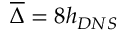
\overline { { \Delta } } = 8 h _ { D N S }